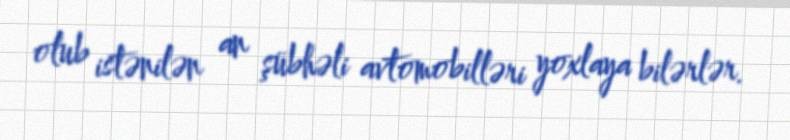
olub istənilən an şübhəli avtomobilləri yoxlaya bilərlər.